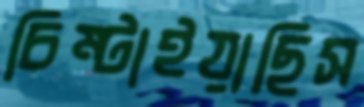
চিম্‌টাইয়াছিস